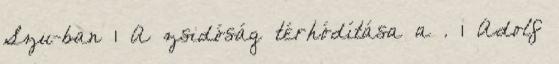
Szu-ban 1 A zsidóság térhódítása a . 1 Adolf